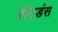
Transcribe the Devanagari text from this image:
रोटडंस